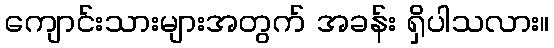
ကျောင်းသားများအတွက် အခန်း ရှိပါသလား။